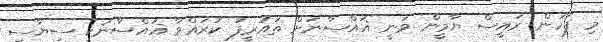
މި ފަހުން ރައީސް ޔާމީން ވަނީ ޣައްސާނަށް ތައުރީފު ކުރައްވާ ޣައްސާނަކީ ސިޔާސީ